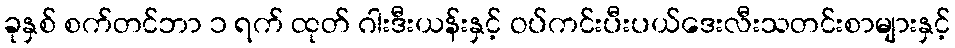
ခုနှစ် စက်တင်ဘာ ၁ ရက် ထုတ် ဂါးဒီးယန်းနှင့် ဝပ်ကင်းပီးပယ်ဒေးလီးသတင်းစာများနှင့်